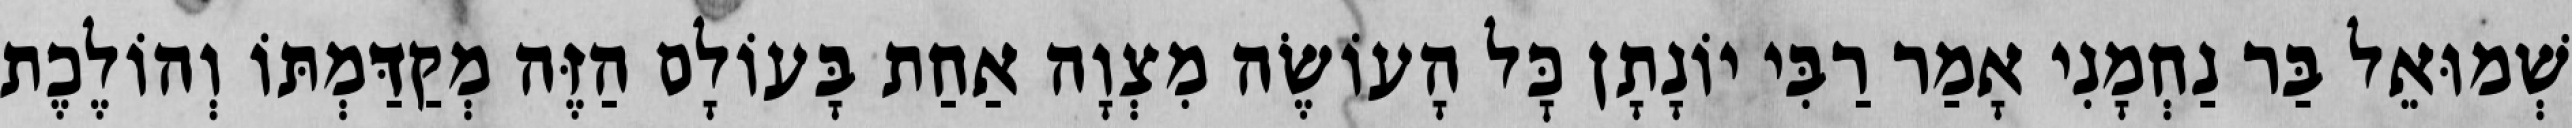
שְׁמוּאֵל בַּר נַחְמָנִי אָמַר רַבִּי יוֹנָתָן כׇּל הָעוֹשֶׂה מִצְוָה אַחַת בָּעוֹלָם הַזֶּה מְקַדַּמְתּוֹ וְהוֹלֶכֶת